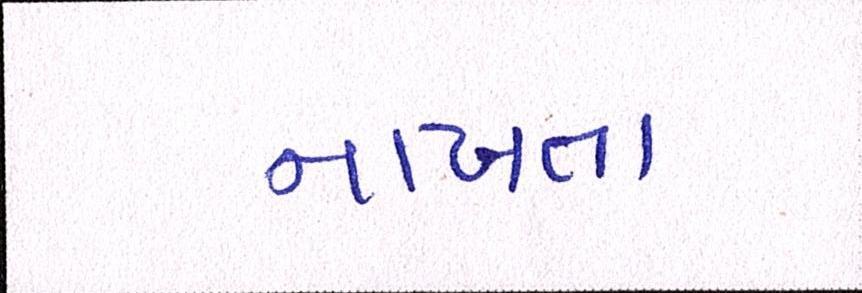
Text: નાખતા